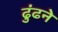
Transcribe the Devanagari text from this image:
ढु॑ढने